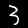
Label: 3